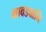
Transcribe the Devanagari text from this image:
भावड्यानि